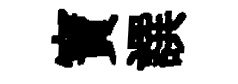
寶譔